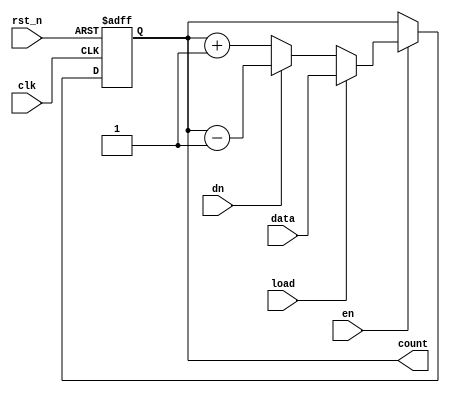
`timescale 1ns/1ps
`default_nettype none

module counter #(parameter WIDTH = 4) (
    input wire clk,                 // Clock
    input wire rst_n,               // Active low reset
    input wire en,                  // Enable the counter (chip select)
    input wire dn,                  // Set 1 to count down
    input wire load,                // Set 1 to load user input
    input wire [WIDTH-1:0] data,    // Input data
    output reg [WIDTH-1:0] count    // Output of the counter
);

    always @(posedge clk or negedge rst_n) begin     // Async active low reset
        if(~rst_n) begin
            count <= {WIDTH{1'b0}};
        end else if (en) begin
            if (load) begin
                count <= data;
            end else if (dn) begin
                count <= count - 1;
            end else begin
                count <= count + 1;
            end
        end else begin
            count <= count;
        end
    end

endmodule